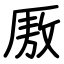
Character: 厫